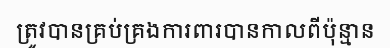
ត្រូវបានគ្រប់គ្រងការពារបានកាលពីប៉ុន្មាន